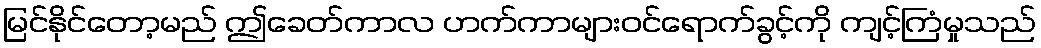
မြင်နိုင်တော့မည် ဤခေတ်ကာလ ဟက်ကာများဝင်ရောက်ခွင့်ကို ကျင့်ကြံမှုသည်